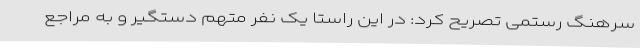
سرهنگ رستمی تصریح کرد: در این راستا یک نفر متهم دستگیر و به مراجع